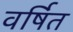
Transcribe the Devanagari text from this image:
वर्षित